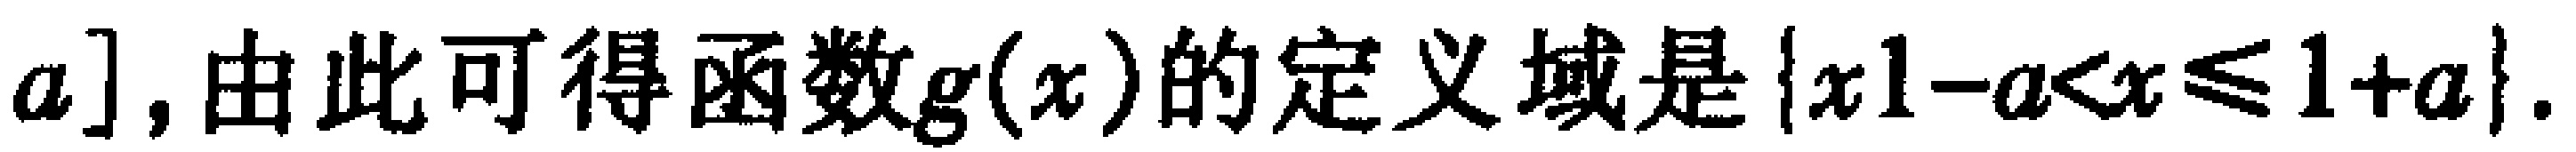
$a],由此可得函数g(x)的定义域是\{x|1 - a < x\leqslant1 + a\}.$